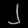
Digit: ၂